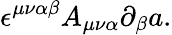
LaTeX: \epsilon^{\mu\nu\alpha\beta}A_{\mu\nu\alpha}\partial_{\beta}a.